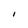
Character: I